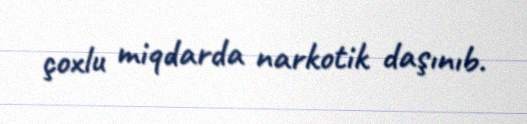
çoxlu miqdarda narkotik daşınıb.